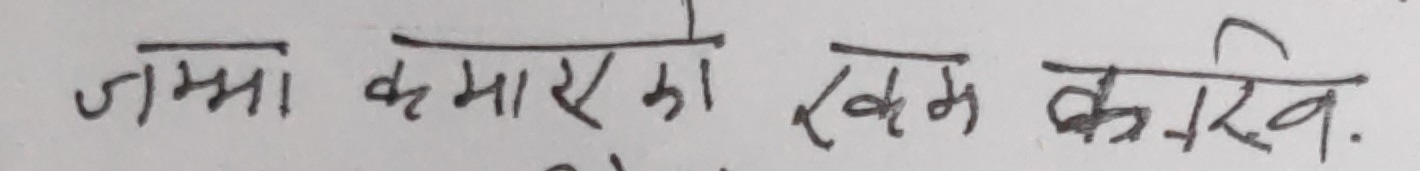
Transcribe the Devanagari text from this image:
जम्मा कमाएको खत्म गरिब .